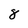
Character: 8